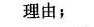
理由；